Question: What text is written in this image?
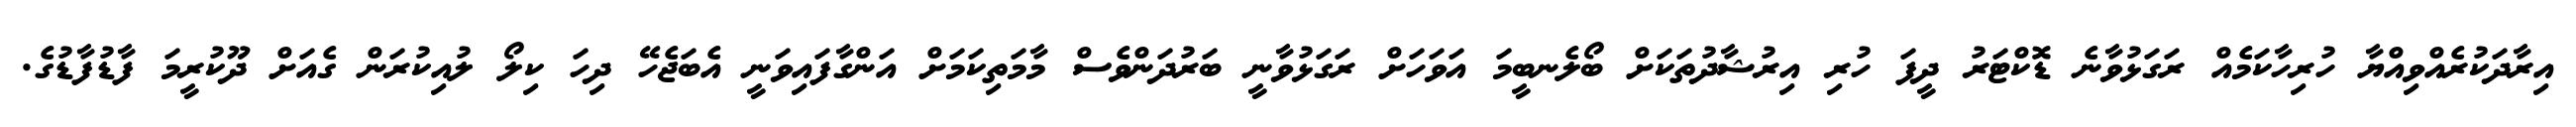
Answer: އިރާދަކުރެއްވިއްޔާ ހުރިހާކަމެއް ރަގަޅުވާނެ ޑޮކްޓަރު ދީފަ ހުރި އިރުޝާދުތަކަށް ބޯލެނބީމަ އަވަހަށް ރަގަޅުވާނީ ބަރުދަންވެސް މާމަތިކަމަށް އަންގާފައިވަނީ އެބަޖެހޭ ދިހަ ކިލޯ ލުއިކުރަން ގެއަށް ދޫކުރީމަ ފާޑުފާޑުގެ.